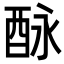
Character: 𨠕